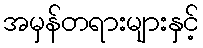
အမှန်တရားများနှင့်